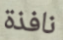
نافذة